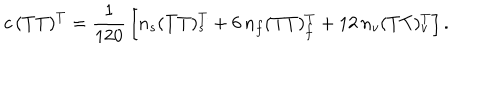
c \, ( T T ) ^ { T } = { \frac { 1 } { 1 2 0 } } \left[ n _ { s } ( T T ) _ { s } ^ { T } + 6 \, n _ { f } ( T T ) _ { f } ^ { T } + 1 2 \, n _ { v } ( T T ) _ { v } ^ { T } \right] .